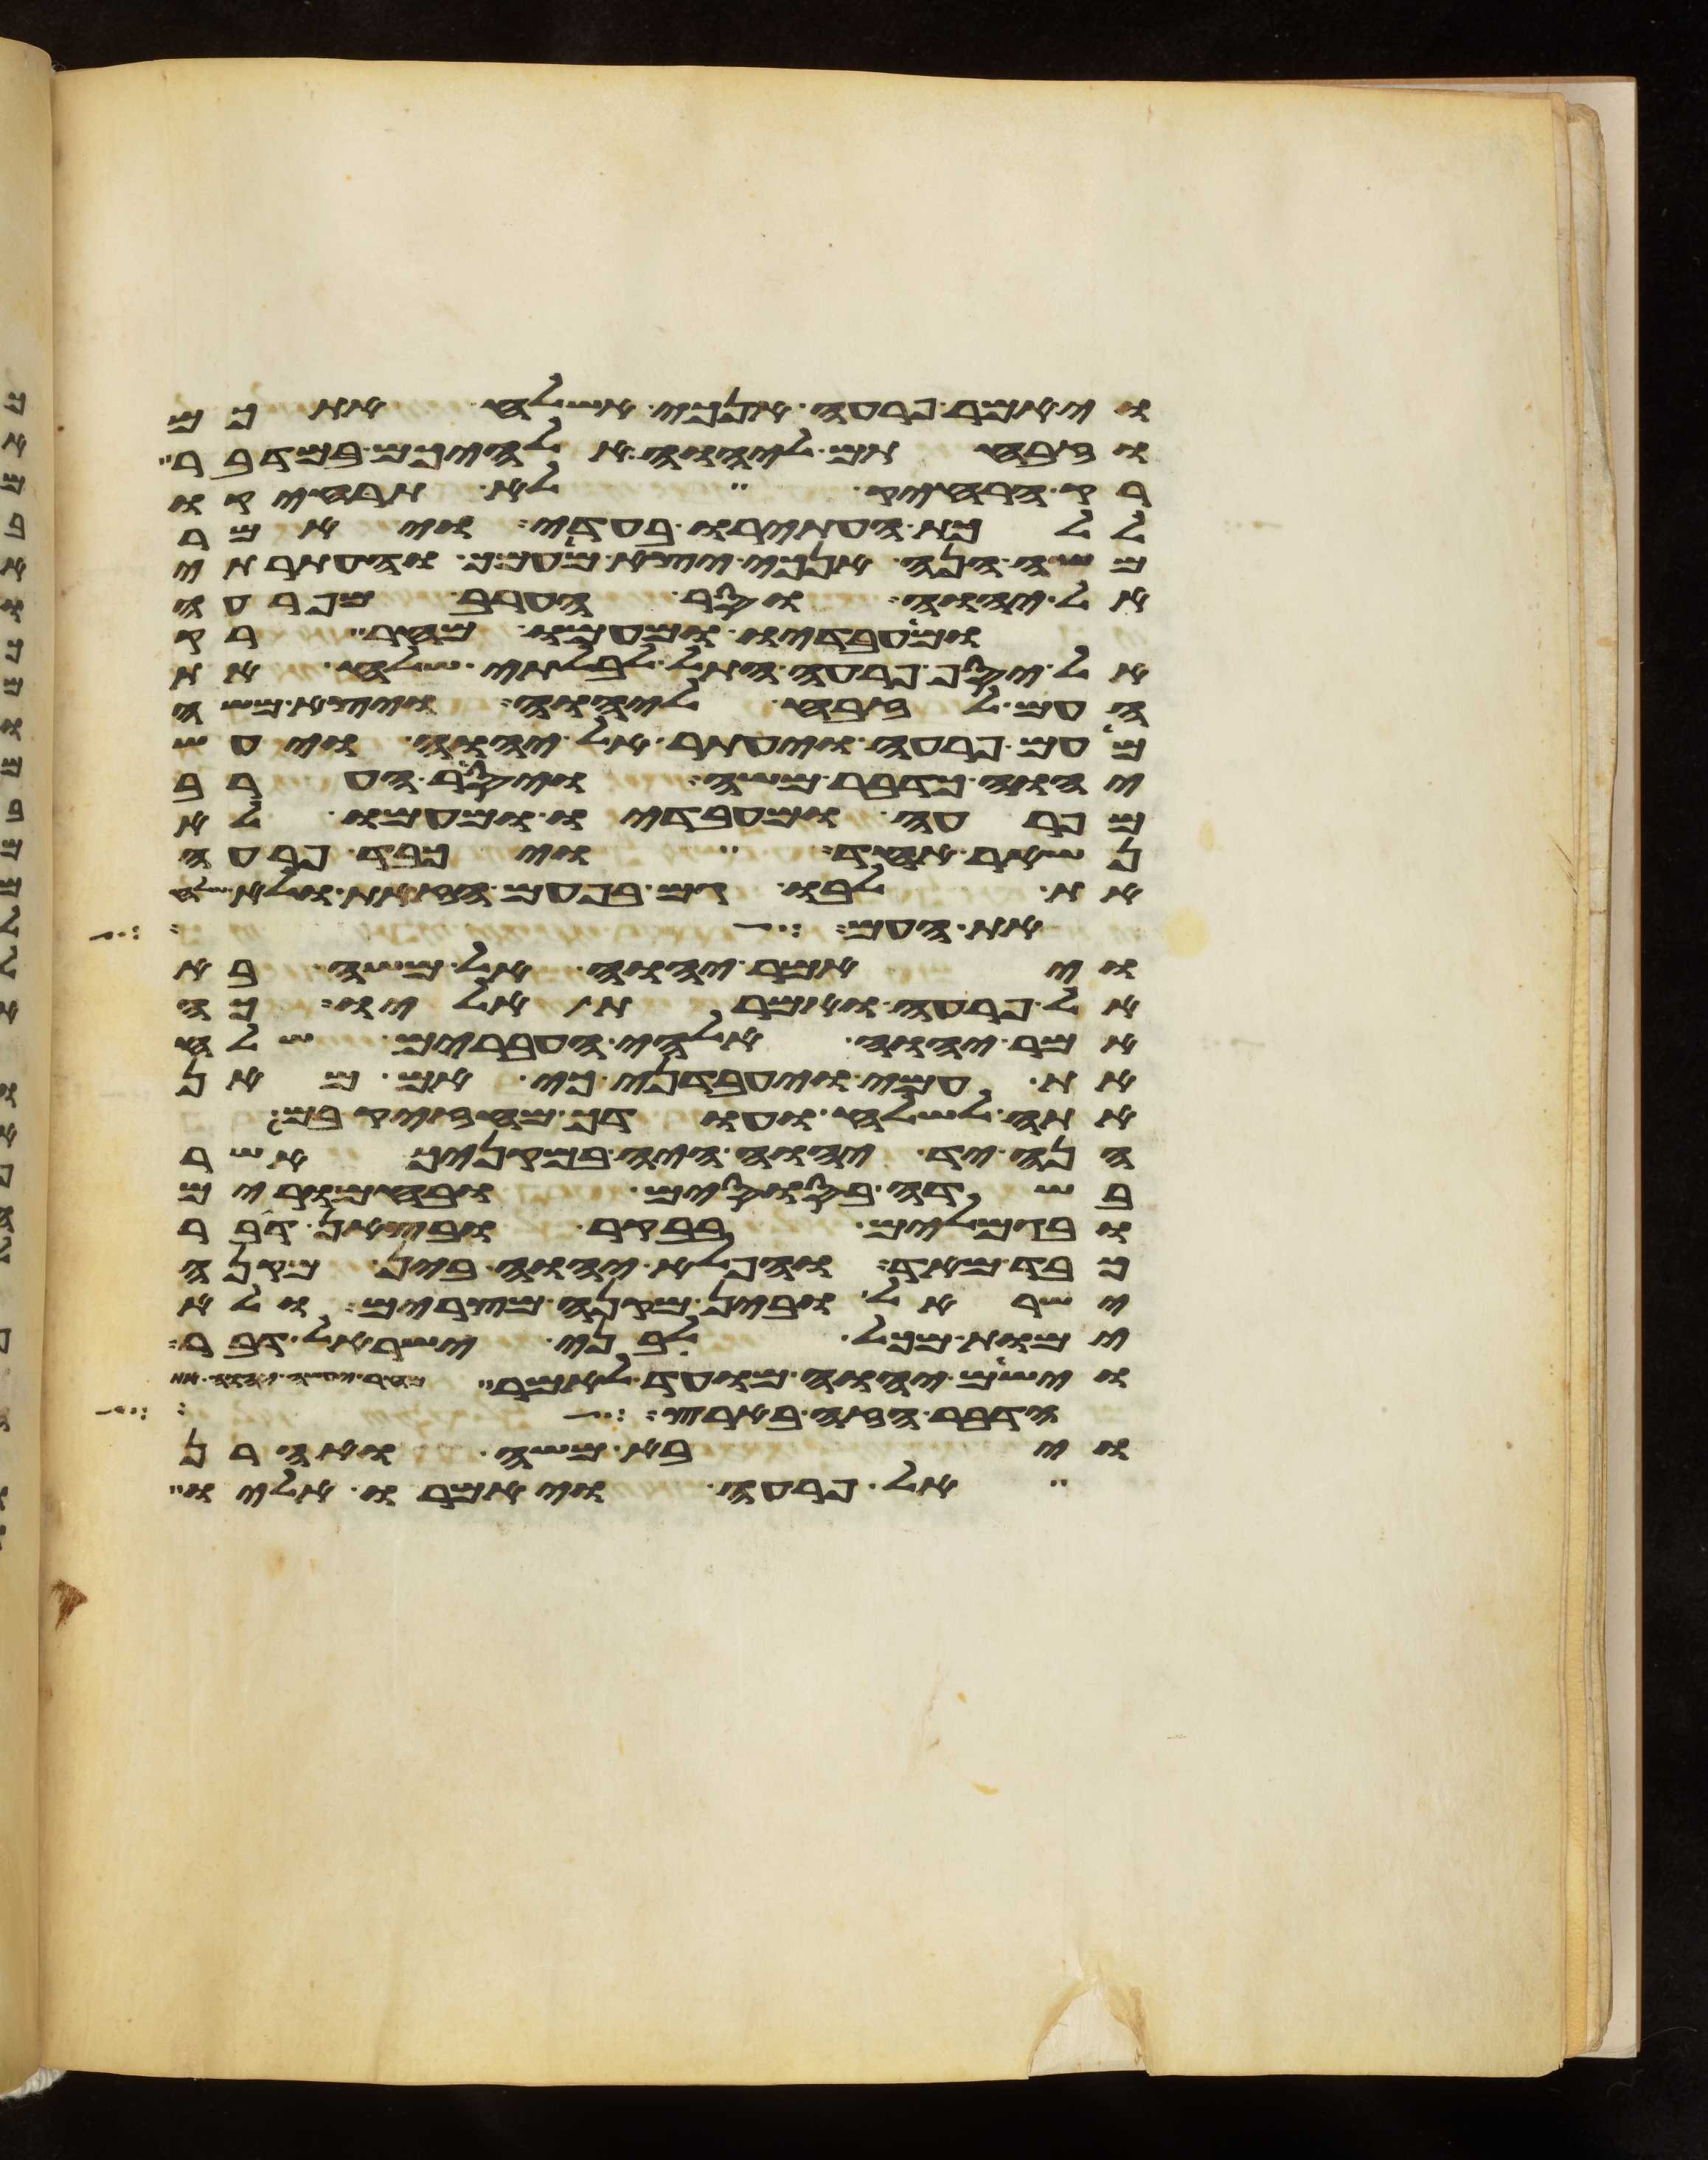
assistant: ויאמר פרעה אנכי אשלח אתכם
וזבחתם ליהוה אלהיכם במדבר
רק הרחיק לא תרחיקו
ללכת העתירו בעדי ויאמר
משה הנה אנכי יצא מעמך והעתרתי
אל יהוה וסר הערב מפרעה
ומעבדיו ומעמו מחר רק
אל יסף פרעה התל לבלתי שלח את
העם לזבח ליהוה ויצא משה
מעם פרעה ויעתר אל יהוה ויעש
יהוה כדבר משה ויסר הערב
מפרעה ומעבדיו ומעמו לא
נשאר אחד ויכבד פרעה
את לבו גם בפעם הזאת ולא שלח
את העם על
ויאמר יהוה אל משה ראה
אל פרעה ואמרת אליו כה
אמר יהוה אלהי העברים שלח
את עמי ויעבדני כי אם מאן
אתה לשלח ועודך מחזק בם
הנה יד יהוה היה במקניך אשר
בשדה בסוסים ובחמרים
ובגמלים בבקר ובצאן דבר
כבד מאד והפלא יהוה בין מקנה
ישראל ובין מקנה מצרים ולא
ימות מכל לבני ישראל דבר
וישם יהוה מועד לאמר מחר יעשה יהוה
הדבר הזה בארץ
ויבא משה ואהרן
אל פרעה ויאמרו אליו